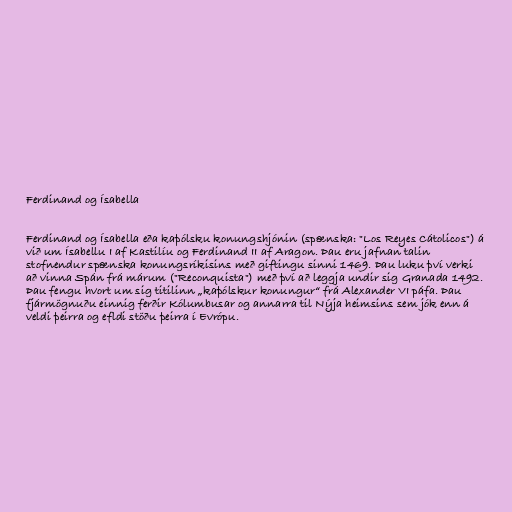
Ferdinand og Ísabella

Ferdinand og Ísabella eða kaþólsku konungshjónin (spænska: "Los Reyes Cátolicos") á
við um Ísabellu I af Kastilíu og Ferdinand II af Aragon. Þau eru jafnan talin
stofnendur spænska konungsríkisins með giftingu sinni 1469. Þau luku því verki
að vinna Spán frá márum ("Reconquista") með því að leggja undir sig Granada 1492.
Þau fengu hvort um sig titilinn „kaþólskur konungur“ frá Alexander VI páfa. Þau
fjármögnuðu einnig ferðir Kólumbusar og annarra til Nýja heimsins sem jók enn á
veldi þeirra og efldi stöðu þeirra í Evrópu.